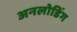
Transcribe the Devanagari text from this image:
अनलोडिंग